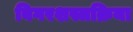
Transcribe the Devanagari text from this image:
बिगरशस्त्रक्रिया